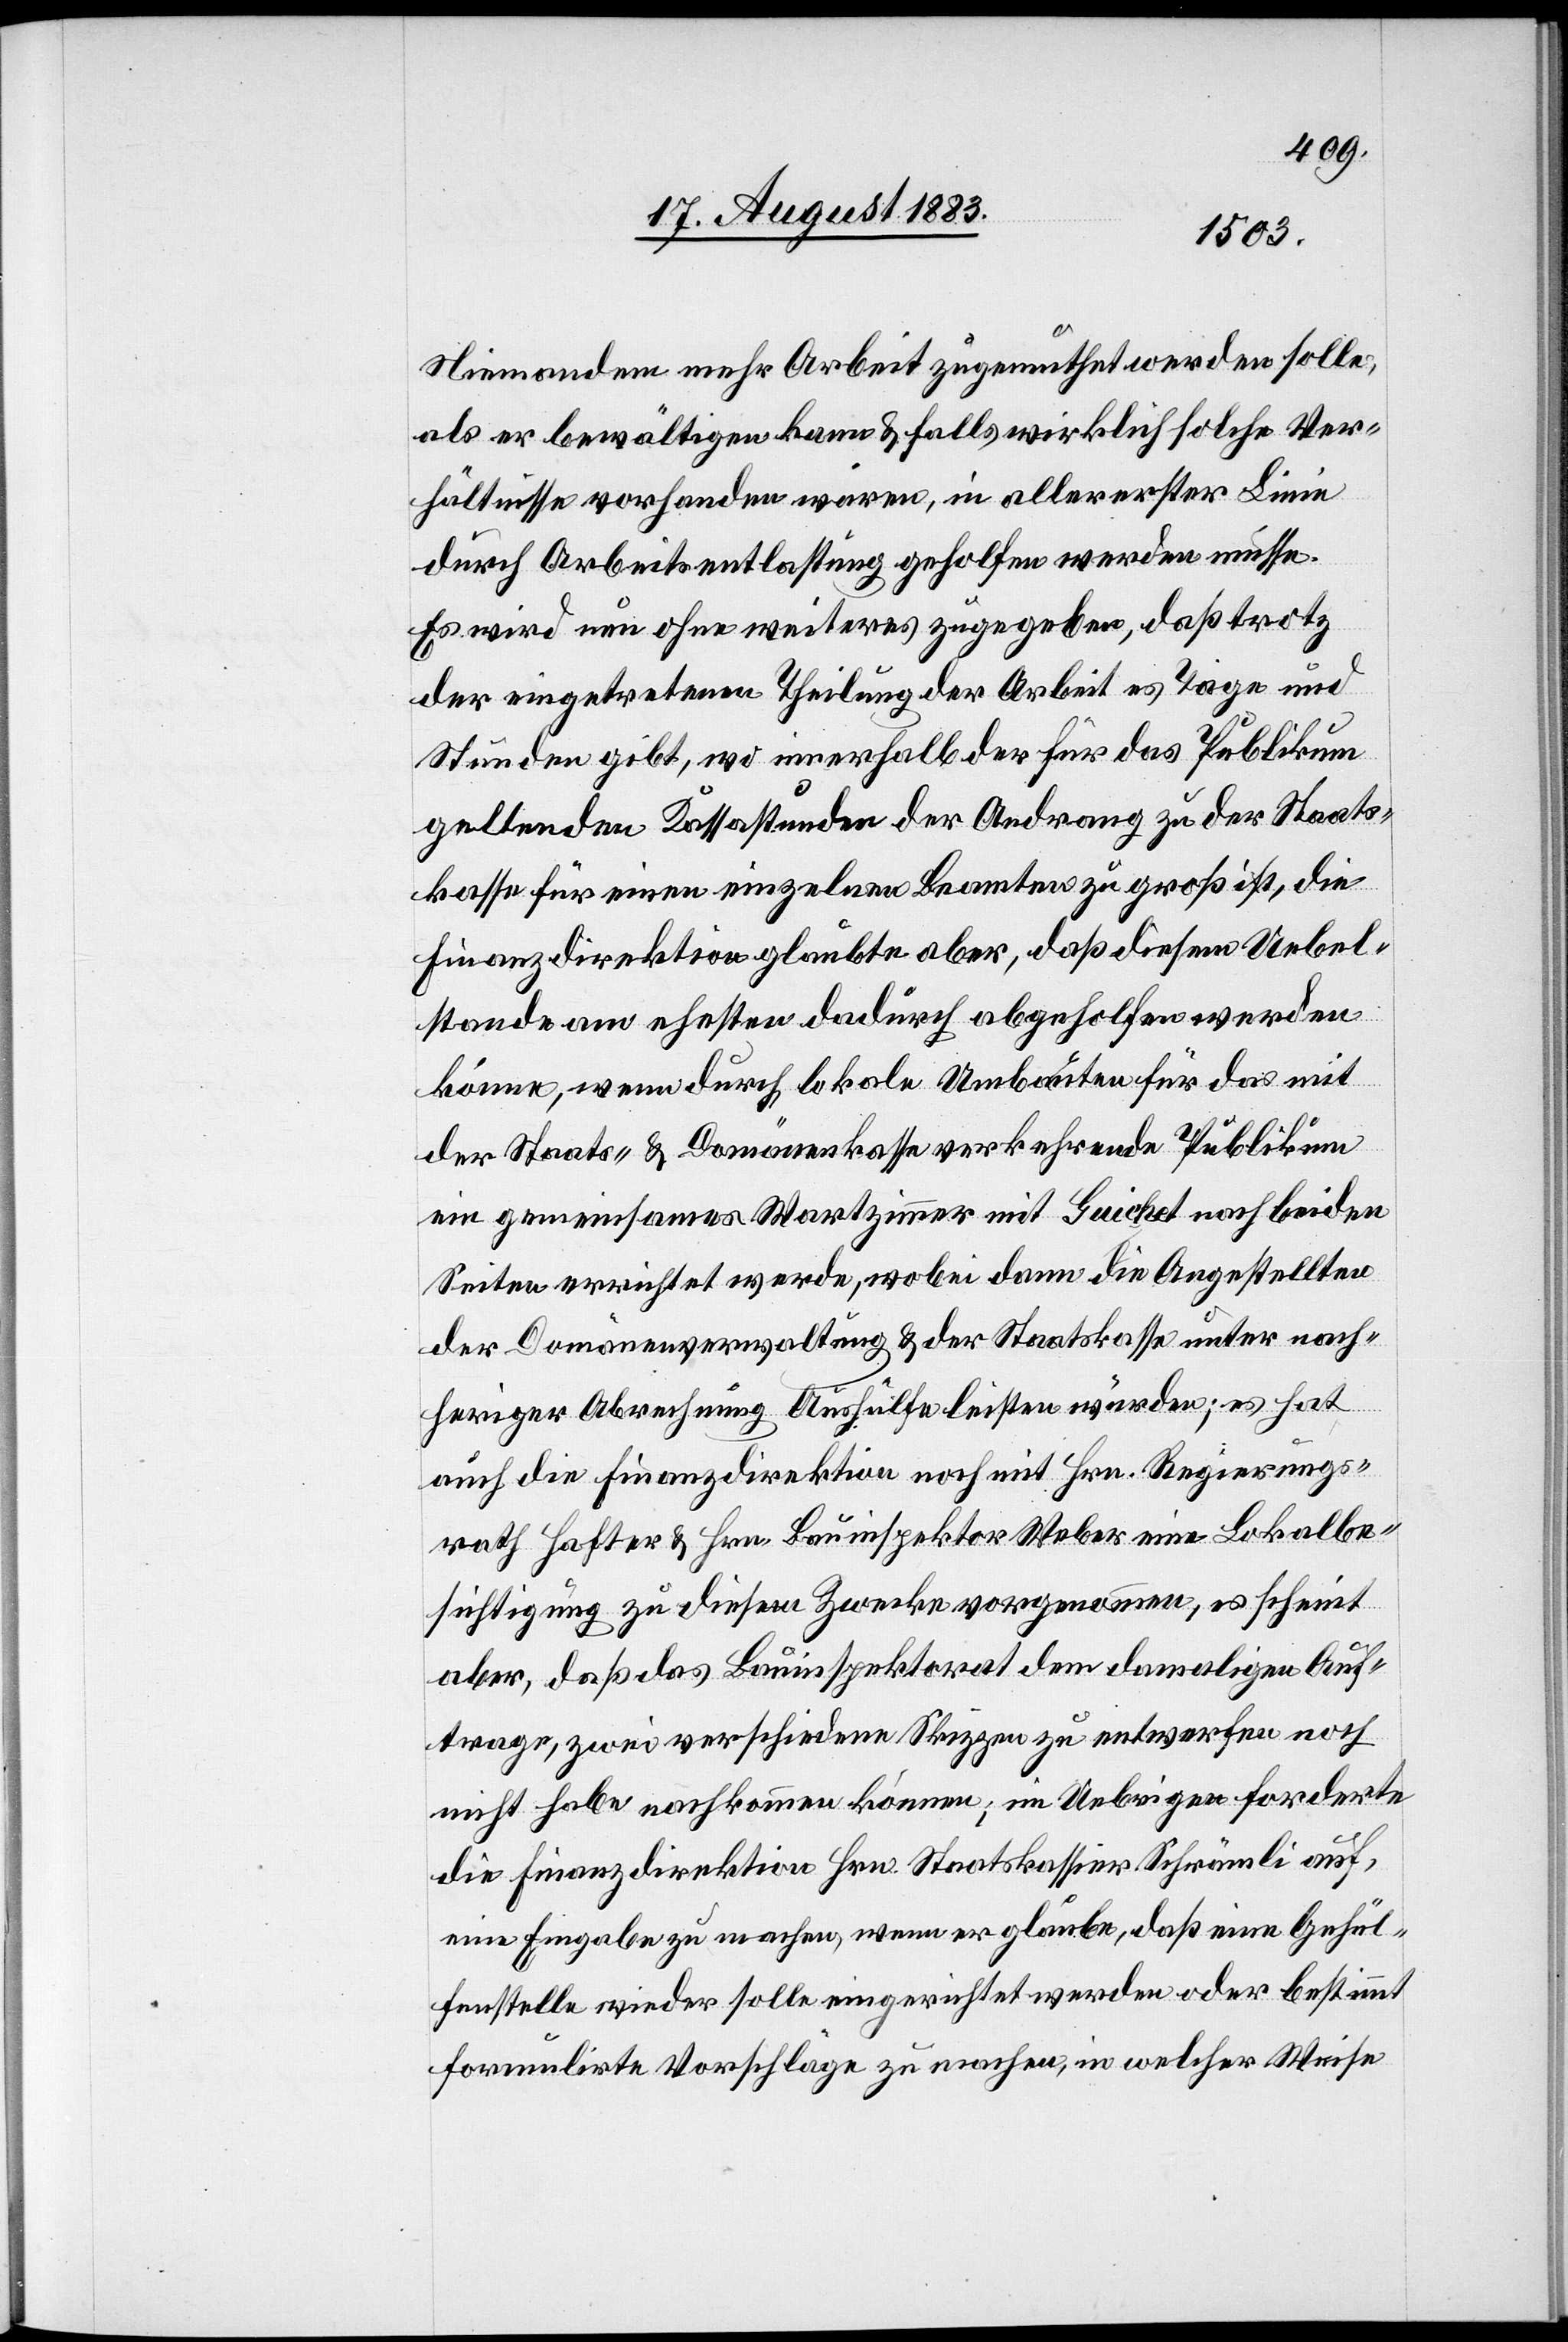
Niemandem mehr Arbeit zugemuthet werden solle,
als er bewältigen kann & falls wirklich solche Ver¬
hältnisse vorhanden wären, in allererster Linie
durch Arbeitsentlastung geholfen werden müsse.
Es wird nun ohne weiteres zugegeben, daß trotz
der eingetretenen Theilung der Arbeit es Tage und
Stunden gibt, wo innerhalb der für das Publikum
geltenden Kassastunden der Andrang zu der Staats¬
kasse für einen einzelnen Beamten zu groß ist, die
Finanzdirektion glaubte aber, daß diesem Uebel¬
stande am ehesten dadurch abgeholfen werden
könne, wenn durch lokale Umbauten für das mit
der Staats- & Domänenkasse verkehrende Publikum
ein gemeinsames Wartzimmer mit Quichet nach beiden
Seiten errichtet werde, wobei dann die Angestellten
der Domänenverwaltung & der Staatskasse unter nach¬
heriger Abrechnung Aushülfe leisten würden; es hat
auch die Finanzdirektion noch mit Hrn. Regierungs¬
rath Hafter & Hrn. Bauinspektor Weber eine Lokalbe¬
sichtigung zu diesem Zwecke vorgenommen, es scheint
aber, daß das Bauinspektorat dem damaligen Auf¬
trage, zwei verschiedene Skizzen zu entwerfen noch
nicht habe nachkommen können; im Uebrigen forderte
die Finanzdirektion Hrn. Staatskassier Schrämli auf,
eine Eingabe zu machen, wenn er glaube, daß eine Gehül¬
fenstelle wieder solle eingerichtet werden oder bestimmt
formulirte Vorschläge zu machen, in welcher Weise